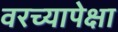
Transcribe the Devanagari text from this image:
वरच्यापेक्षा